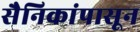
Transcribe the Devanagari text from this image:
सैनिकांपासून